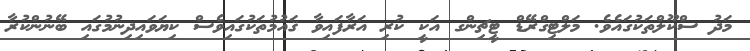
މަދު ސްކޫލްތަކުގައެވެ. މަލްޓިގްރޭޑް ޓީޗިންގ އަކީ ކުރި އަރާފައިވާ ޤައުމުތަކުގައިވެސް ކިޔަވައިދިނުމުގައި ބޭނުންކުރާ